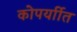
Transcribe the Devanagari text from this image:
कोपर्याीत